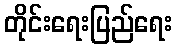
တိုင်းရေးပြည်ရေး